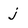
Character: j